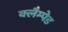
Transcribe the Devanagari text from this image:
क्लैम्पेड